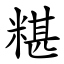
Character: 糂